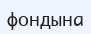
фондына